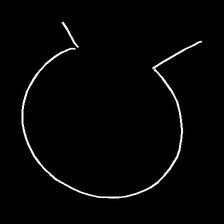
Glyph: weave